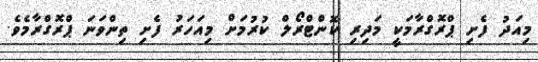
މިއަދު ފެށި ޕްރޮގްރާމަކީ މަދިރި ކޮންޓްރޯލް ކުރުމަށް މިއަހަރު ފެށި ތިންވަނަ ޕްރޮގްރާމެވެ.